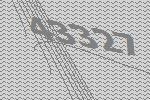
43327